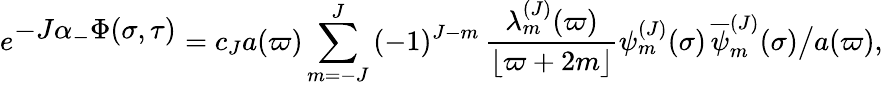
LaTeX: e^{\textstyle-J\alpha_{-}\Phi(\sigma,\tau)}=c_{J}a(\varpi)\sum_{m=-J}^{J}\, (-1)^{J-m}\, {\frac{\lambda_{m}^{(J)}(\varpi)}{\lfloor\varpi+2m\rfloor}}\psi_{m}^{(J)}(\sigma)\, {\overline{{\psi}}_{m}^{(J)}}(\sigma)\bigr/a(\varpi),